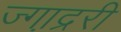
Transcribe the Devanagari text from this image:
ज्गा़द्ररी